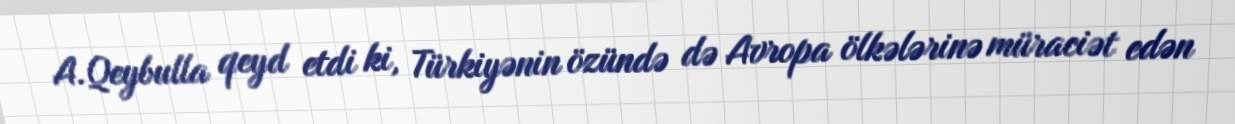
A.Qeybulla qeyd etdi ki, Türkiyənin özündə də Avropa ölkələrinə müraciət edən